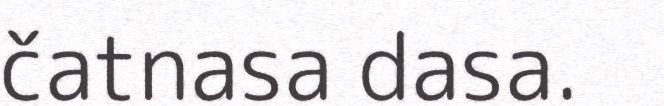
čatnasa dasa.